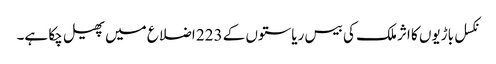
نکسل باڑیوں کا اثر ملک کی بیس ریاستوں کے 223 اضلاع میں پھیل چکا ہے۔